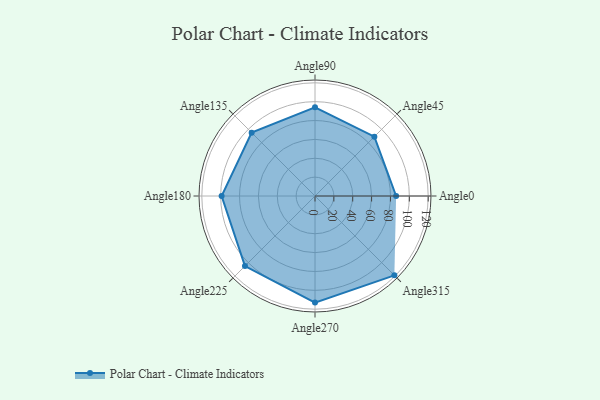
{"axis": {"x": "Angle", "y": "Radius"}, "legend": [""], "data": [{"x": "Angle0", "y": 86.0, "type": ""}, {"x": "Angle45", "y": 89.0, "type": ""}, {"x": "Angle90", "y": 94.0, "type": ""}, {"x": "Angle135", "y": 95.0, "type": ""}, {"x": "Angle180", "y": 99.0, "type": ""}, {"x": "Angle225", "y": 105.0, "type": ""}, {"x": "Angle270", "y": 113.0, "type": ""}, {"x": "Angle315", "y": 119.0, "type": ""}]}